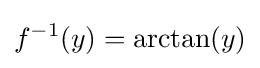
f^{-1}(y)=\arctan(y)